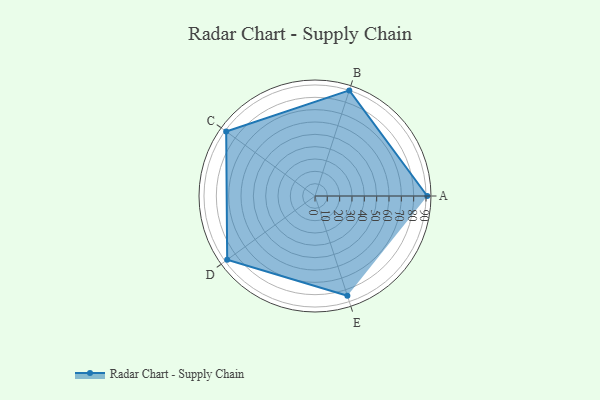
{"axis": {"x": "Skill", "y": "Score"}, "legend": ["Profile"], "data": [{"x": "A", "y": 91.0, "type": "Profile"}, {"x": "B", "y": 90.0, "type": "Profile"}, {"x": "C", "y": 89.0, "type": "Profile"}, {"x": "D", "y": 88.0, "type": "Profile"}, {"x": "E", "y": 85.0, "type": "Profile"}]}